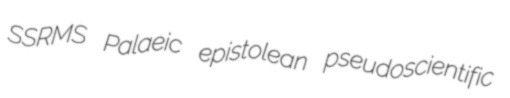
SSRMS Palaeic epistolean pseudoscientific